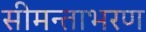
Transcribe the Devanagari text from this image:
सीमन्ताभरण